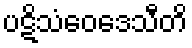
ပဋိသံဝေဒေသီတိ